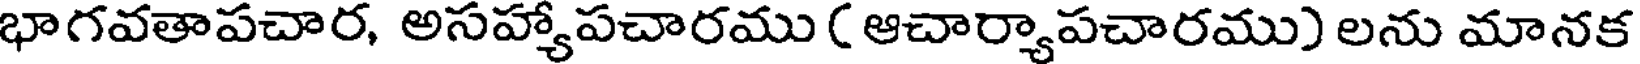
భాగవతాపచార, అసహ్యాపచారము ( ఆచార్యాపచారము) లను మానక